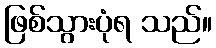
ဖြစ်သွားပုံရ သည်။